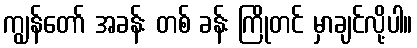
ကျွန်တော် အခန်း တစ် ခန်း ကြိုတင် မှာချင်လို့ပါ။